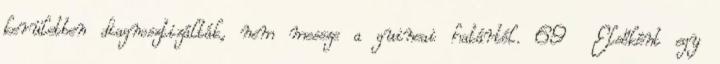
kerületben diagnosztizálták, nem messze a guineai határtól. 69 Elsőként egy